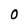
Character: 0